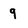
Character: 9